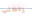
يتجنب